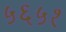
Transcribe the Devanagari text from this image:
५६५१